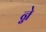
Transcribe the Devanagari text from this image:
न्ने